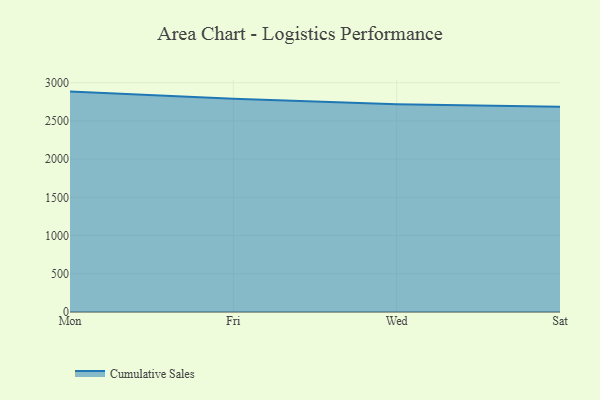
{"axis": {"x": "Day", "y": "Headcount"}, "legend": ["Cumulative Sales"], "data": [{"x": "Mon", "y": 2883.0, "type": "Cumulative Sales"}, {"x": "Fri", "y": 2790.3, "type": "Cumulative Sales"}, {"x": "Wed", "y": 2718.4, "type": "Cumulative Sales"}, {"x": "Sat", "y": 2685.6, "type": "Cumulative Sales"}]}